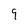
Character: 9